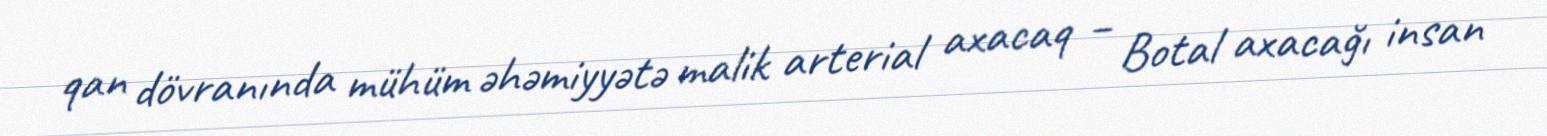
qan dövranında mühüm əhəmiyyətə malik arterial axacaq – Botal axacağı insan